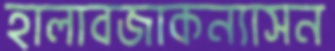
হালাবজাকন্যাসন